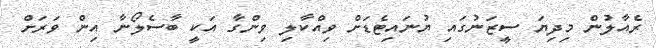
ރެއާލުން މިދިޔަ ސީޒަނުގައި ޔުނައިޓެޑަށް ވިއްކާލި ވިންގާ އަކީ ބާސެލޯނާ އިން ވަރަށް